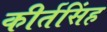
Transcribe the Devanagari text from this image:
कीर्तसिंह